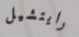
رايتشيل